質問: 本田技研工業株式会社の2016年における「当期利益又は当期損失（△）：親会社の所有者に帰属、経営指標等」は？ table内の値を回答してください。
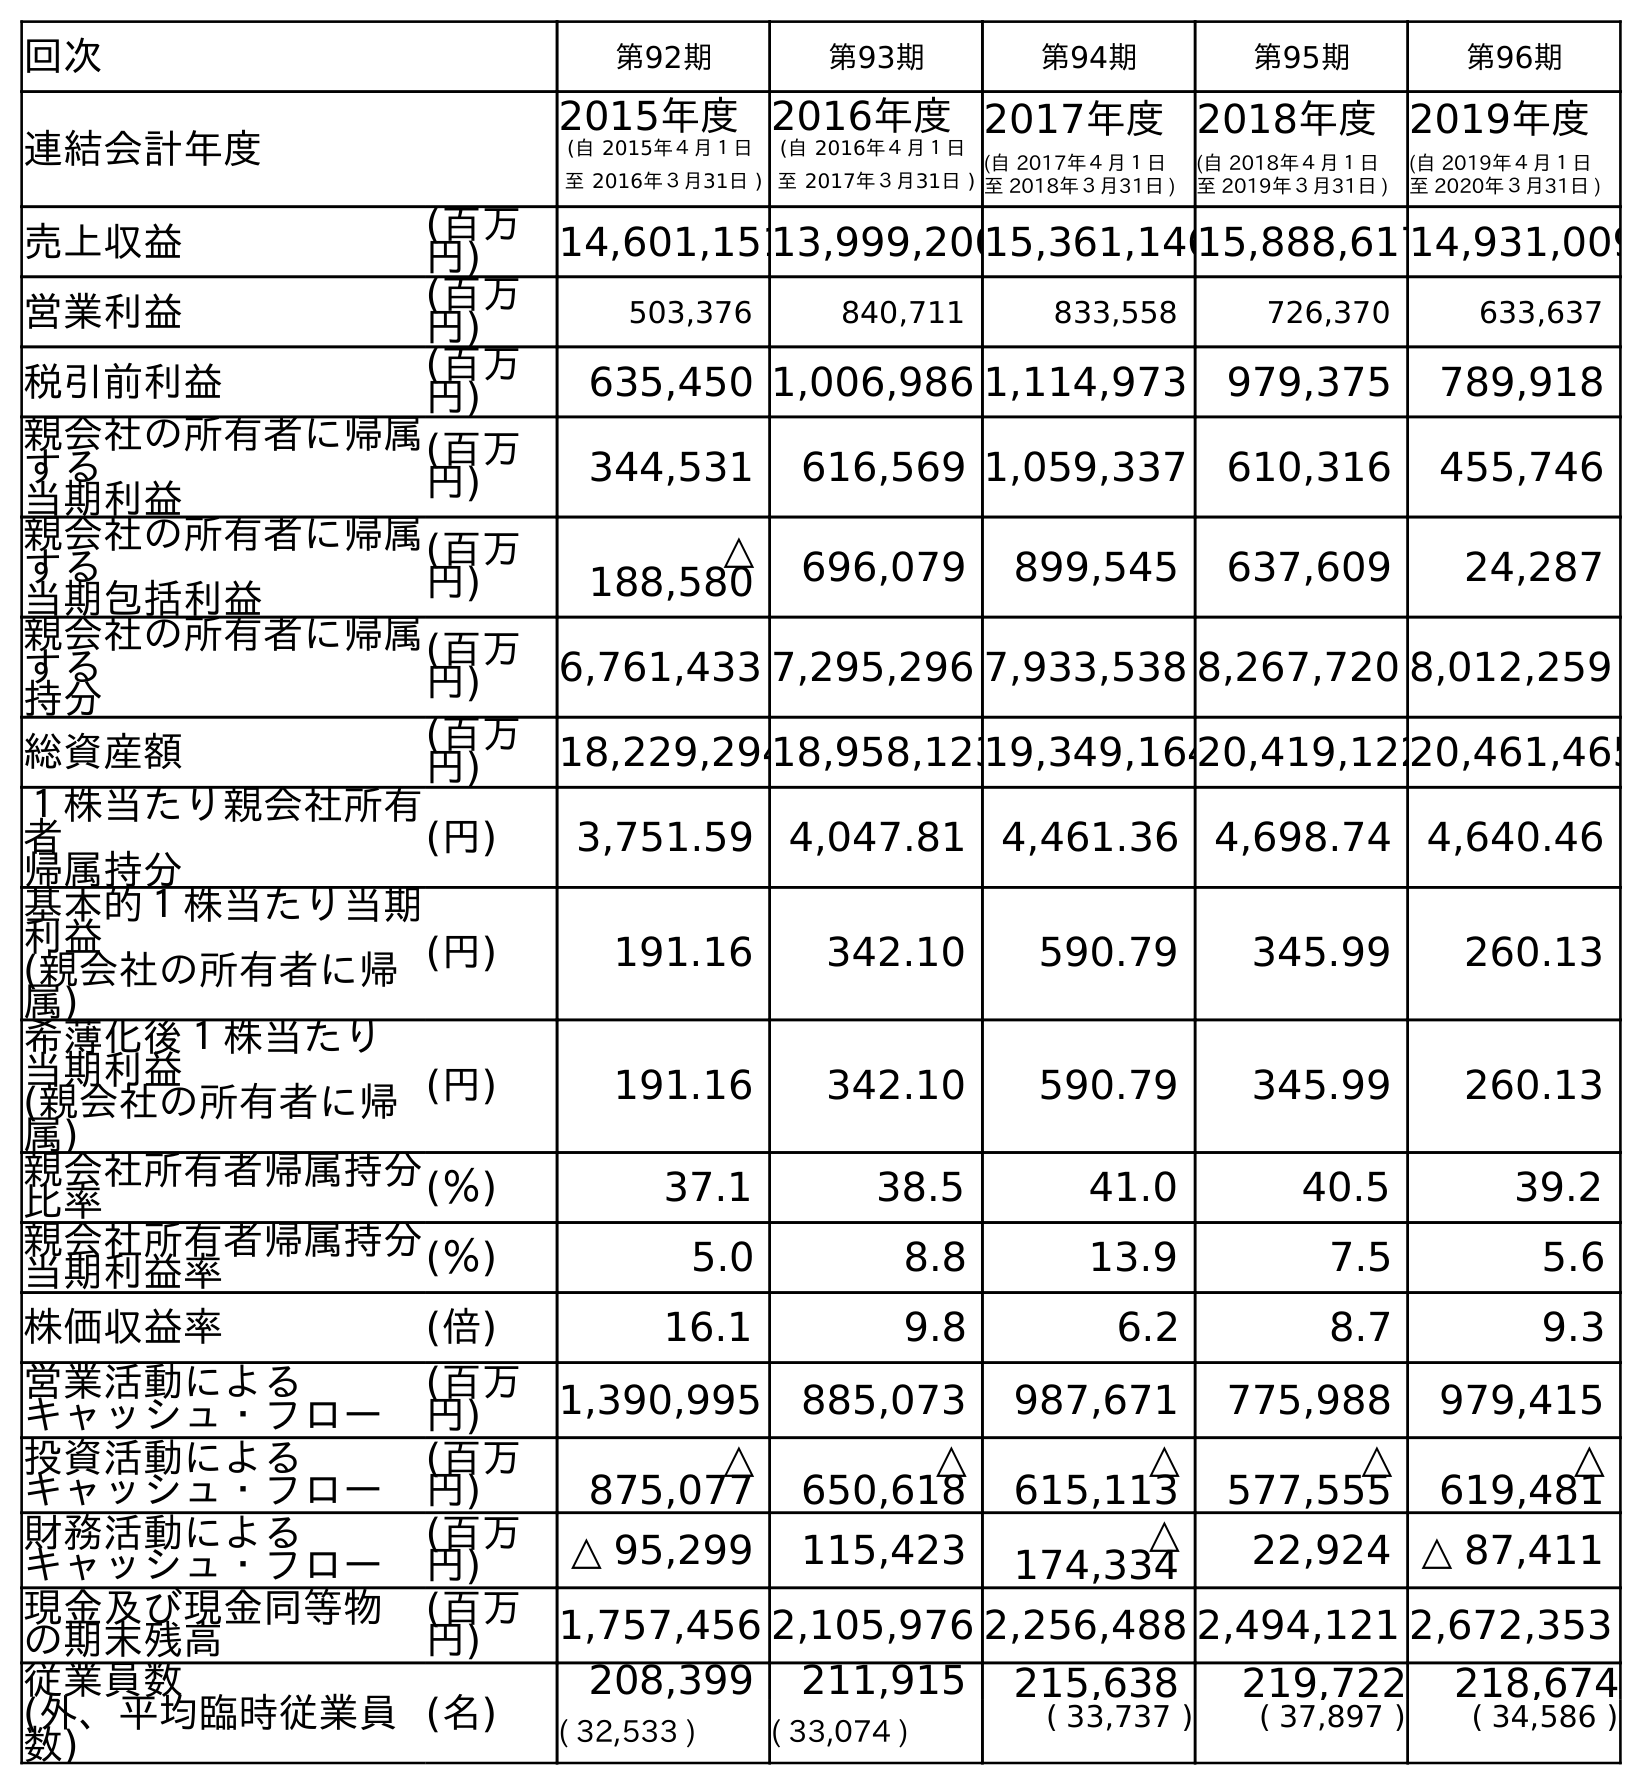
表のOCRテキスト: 回次 第92期 第93期 第94期 第95期 第96期 連結会計年度 2015年度 (自 2015年４月１日 至 2016年３月31日 ) 2016年度 (自 2016年４月１日 至 2017年３月31日 ) 2017年度 (自 2017年４月１日 至 2018年３月31日 ) 2018年度 (自 2018年４月１日 至 2019年３月31日 ) 2019年度 (自 2019年４月１日 至 2020年３月31日 ) 売上収益 (百万 円) 14,601,15113,999,20015,361,14615,888,61714,931,009 営業利益 (百万 円) 503,376 840,711 833,558 726,370 633,637 税引前利益 (百万 円) 635,450 1,006,986 1,114,973 979,375 789,918 親会社の所有者に帰属 する 当期利益 (百万 円) 344,531 616,569 1,059,337 610,316 455,746 親会社の所有者に帰属 する 当期包括利益 (百万 円) △ 188,580 696,079 899,545 637,609 24,287 親会社の所有者に帰属 する 持分 (百万 円) 6,761,433 7,295,296 7,933,538 8,267,720 8,012,259 総資産額 (百万 円) 18,229,29418,958,12319,349,16420,419,12220,461,465 １株当たり親会社所有 者 帰属持分 (円) 3,751.59 4,047.81 4,461.36 4,698.74 4,640.46 基本的１株当たり当期 利益 (親会社の所有者に帰 属) (円) 191.16 342.10 590.79 345.99 260.13 希薄化後１株当たり 当期利益 (親会社の所有者に帰 属) (円) 191.16 342.10 590.79 345.99 260.13 親会社所有者帰属持分 比率 (％) 37.1 38.5 41.0 40.5 39.2 親会社所有者帰属持分 当期利益率 (％) 5.0 8.8 13.9 7.5 5.6 株価収益率 (倍) 16.1 9.8 6.2 8.7 9.3 営業活動による キャッシュ・フロー (百万 円) 1,390,995 885,073 987,671 775,988 979,415 投資活動による キャッシュ・フロー (百万 円) △ 875,077 △ 650,618 △ 615,113 △ 577,555 △ 619,481 財務活動による キャッシュ・フロー (百万 円) △ 95,299 115,423 △ 174,334 22,924 △ 87,411 現金及び現金同等物 の期末残高 (百万 円) 1,757,456 2,105,976 2,256,488 2,494,121 2,672,353 従業員数 (外、平均臨時従業員 数) (名) 208,399 211,915 215,638 219,722 218,674 ( 32,533 ) ( 33,074 ) ( 33,737 ) ( 37,897 ) ( 34,586 )
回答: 344,531